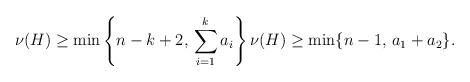
LaTeX: \begin{align*}\nu(H)\ge \min\left\{n-k+2, \,\sum_{i=1}^k a_i \right\} \nu(H)\ge \min\{n-1, \,a_1+a_2\}.\end{align*}